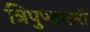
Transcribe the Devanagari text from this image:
त्रिपुण्डधारी